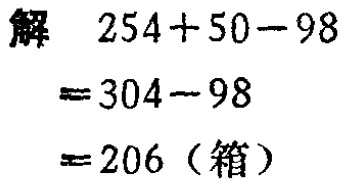
解

\[

\begin{align*}

&254 + 50 - 98\\

=&304 - 98\\

=&206 (\text{箱})

\end{align*}

\]